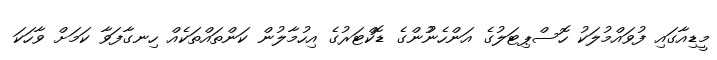
މީޑިއާގައި ފުވައްމުލަކު ހޮސްޕިޓަލުގެ އަންހެނުުންގެ ޑޮކްޓަރުގެ އިހުމާލުން ކަންތަައްތަކެއް ހިނގާފަވާ ކަމަށް ވާހަކަ